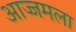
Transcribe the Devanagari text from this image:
आज्जमला